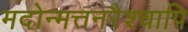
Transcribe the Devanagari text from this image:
मदोन्मत्तनरैश्‍चापि